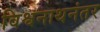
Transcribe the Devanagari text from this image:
विश्वनाथनंतर